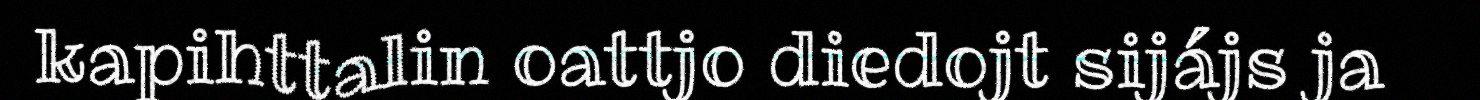
kapihttalin oattjo diedojt sijájs ja